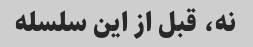
نه، قبل از این سلسله